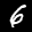
Label: 6